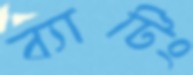
ব্যাটিং